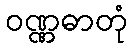
ဝဏ္ဏဓာတုံ